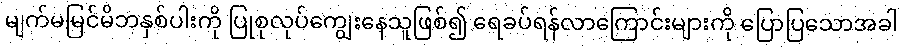
မျက်မမြင်မိဘနှစ်ပါးကို ပြုစုလုပ်ကျွေးနေသူဖြစ်၍ ရေခပ်ရန်လာကြောင်းများကို ပြောပြသောအခါ